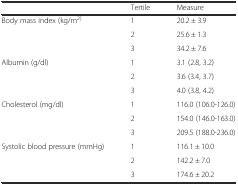
|  | Tertile | Measure |
 | --- | --- | --- |
 | <ROWSPAN=3> Body mass index (kg/m2) | 1 | 20.2 ± 3.9 |
 | 2 | 25.6 ± 1.3 |
 | 3 | 34.2 ± 7.6 |
 | <ROWSPAN=3> Albumin (g/dl) | 1 | 3.1 (2.8, 3.2) |
 | 2 | 3.6 (3.4, 3.7) |
 | 3 | 4.0 (3.8, 4.2) |
 | <ROWSPAN=3> Cholesterol (mg/dl) | 1 | 116.0 (106.0-126.0) |
 | 2 | 154.0 (146.0-163.0) |
 | 3 | 209.5 (188.0-236.0) |
 | <ROWSPAN=3> Systolic blood pressure (mmHg) | 1 | 116.1 ± 10.0 |
 | 2 | 142.2 ± 7.0 |
 | 3 | 174.6 ± 20.2 |